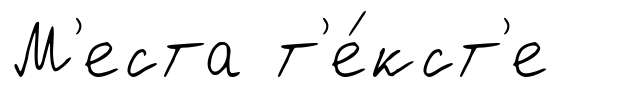
М'еста т'е́кст'е